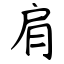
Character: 肩